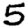
Digit: 5